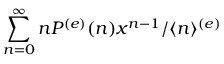
\sum _ { n = 0 } ^ { \infty } n P ^ { ( e ) } ( n ) x ^ { n - 1 } / \langle n \rangle ^ { ( e ) }